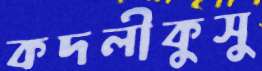
কদলীকুসু